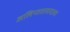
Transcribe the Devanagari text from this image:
अलिप्ततावादाला